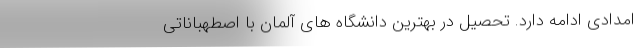
امدادی ادامه دارد. تحصیل در بهترین دانشگاه های آلمان با اصطهباناتی